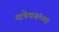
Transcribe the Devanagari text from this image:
यात्रेकरूंच्या